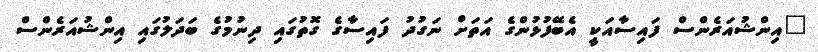
"އިންޝުއަރެންސް ފައިސާއަކީ އެބޭފުޅުންގެ އަތަށް ނަގުދު ފައިސާގެ ގޮތުގައި ދިނުމުގެ ބަދަލުގައި އިންޝުއަރެންސް